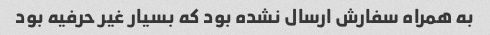
به همراه سفارش ارسال نشده بود که بسیار غیر حرفیه بود